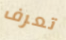
تعرف